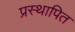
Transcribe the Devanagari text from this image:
प्रस्‍थापित